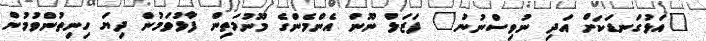
"އަޅުގަނޑަކަށް އަދި ނުވިސްނުނު" ފަޒަލް ނޫން އެންމެންގެ މޫނުމަތިން ފާޅުވަމުން ދިޔަ ހިނިތުންވުމުން